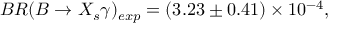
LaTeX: B R ( B \rightarrow X _ { s } \gamma ) _ { e x p } = ( 3 . 2 3 \pm 0 . 4 1 ) \times 1 0 ^ { - 4 } ,